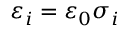
\varepsilon _ { i } = \varepsilon _ { 0 } \sigma _ { i }